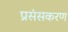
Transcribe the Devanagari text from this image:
प्रसंसकरण